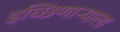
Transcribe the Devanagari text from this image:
इच्छिणाऱ्याला